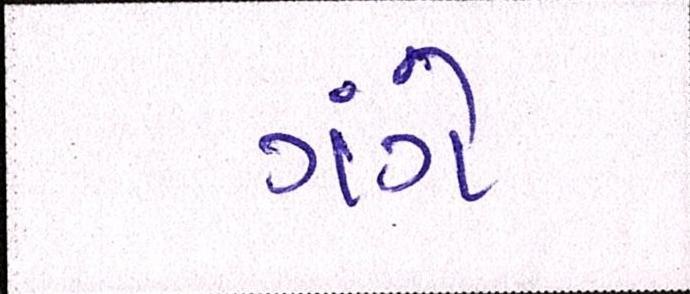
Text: ગંગે